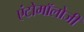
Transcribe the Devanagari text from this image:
एंटोमॉलोजी